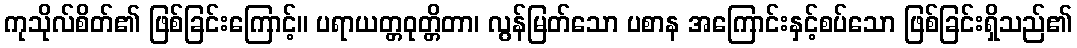
ကုသိုလ်စိတ်၏ ဖြစ်ခြင်းကြောင့်။ ပရာယတ္တဝုတ္တိတာ၊ လွန်မြတ်သော ပစာန အကြောင်းနှင့်စပ်သော ဖြစ်ခြင်းရှိသည်၏